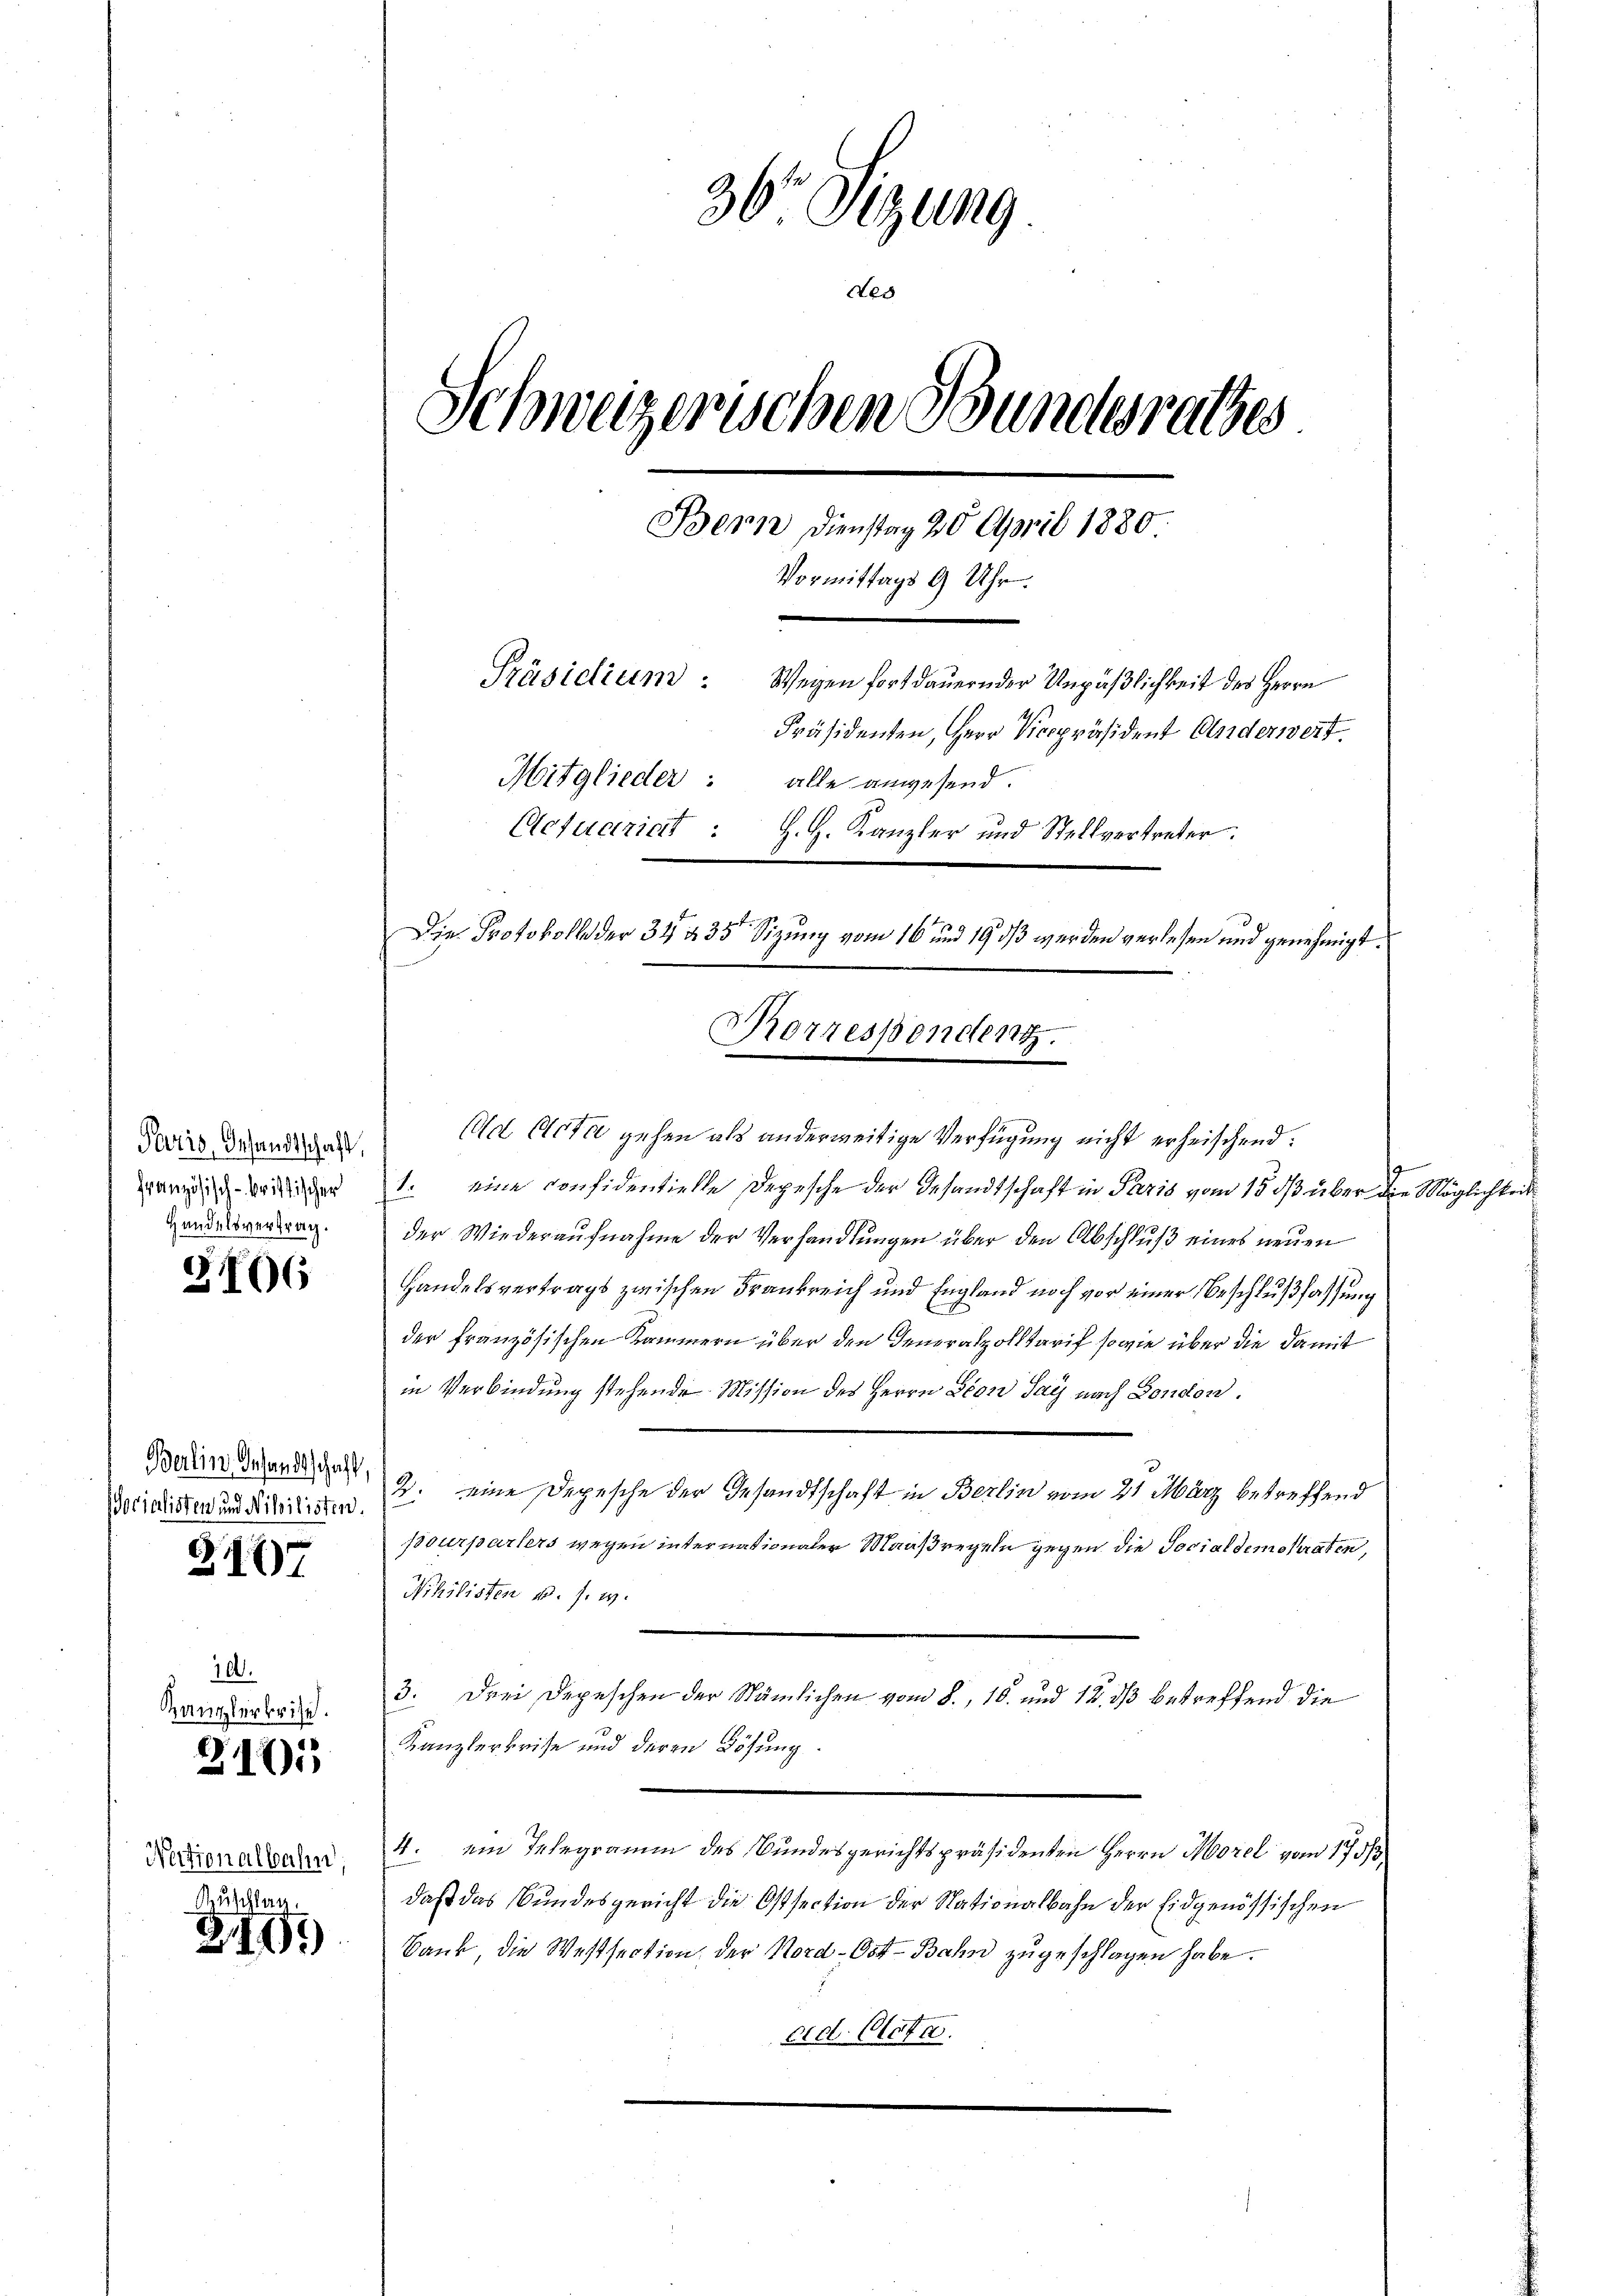
Paris, Gesandtschaft,
Französisch-kristischer
Handelsvertrag.

2106

Berlin desandtschaft
socialisten und Nibilisten.

2107

10.
Kanzlerkrise.

2101

Nationalbahn,
uschlag

211)

36 Sizung
ded
Schweizerischen Bundesrathes
Bern Dienstag 20 April 1880.
Vormittags 9 Uhr.
Präsidium:
Wegen fortdauern der Unpäßlichkeit des Herrn
Präsidenten, Herr Vicepräsident Anderwert.
Mitglieder: alle anwesend.
Aefuerint
H. H. Kanzler und Stellvertreter:
Die Protokoll der 34 § 35 Sizung vom 16. und 19 dß werden verlesen und genehmigt.

(ad Acta gehen als anderweitige Verfügung nicht erheischend:
1. eine considentielle Depesche der Gesandtschaft in Paris vom 15. dβ über die Möglichkeit
der Wiederaufnahme der Verhandlungen über den Abschluß eines neuen
Handelsvertrags zwischen Frankreich und England noch vor einer Beschlußfassung
der französischen Kammern über den Generalpolltarif sowie über die damit
in Verbindung stehende Mission des Herrn Seon Sag nach Dondon.
2. eine Depesche der Gesandtschaft in Berlin vom 21 März betreffend
pourparters wegen internationaler Maaßregeln gegen die Socialdemokraten,
Nihilisten u. s. w.
3. Drei Depeschen der Nämlichen vom 8. 10. und 12. ds betreffend die
Kanzlerbeise und deren Lösung
4. ein Telegramm des Bundesgerichtspräsidenten Herrn Morel vom 170
daß das Bundesgericht die Ostsection der Nationalbahn der Eidgenössischen
Bank, die Westsection der Nord-Ost-Bahn zugeschlagen habe.
ad. Acta.

Korrespenden.